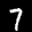
Label: 7